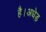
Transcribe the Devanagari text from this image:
है।अधेड़